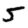
Digit: 5